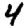
Digit: 4